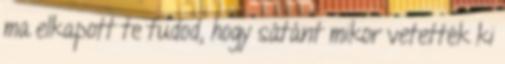
ma elkapott te tudod, hogy sátánt mikor vetették ki